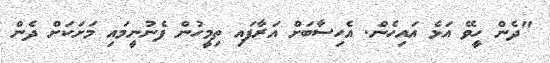
"ދެން ހީވޭ އަޅެ އައިހެން. އެހިސާބަށް އަރާފައި ތިމީހުން ފެނުނީމައި މަށަކަށް ދެން